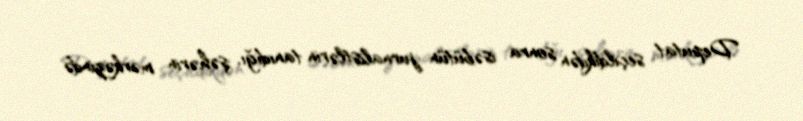
Deputat seçildikdən sonra isəbütün jurnalistlərin tanıdığı, şəhərin mərkəzində